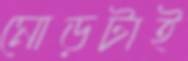
মোড়টাই